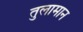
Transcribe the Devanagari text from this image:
तुलामान